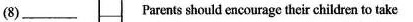
（8）___ Parents should encourage their chikdren totake